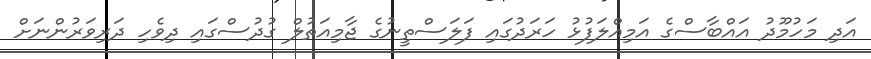
އަދި މަހުމޫދު އައްބާސްގެ އަމިއްލަފުޅު ހަރަދުގައި ފަލަސްތީނުގެ ޖާމިއަތުލް ގުދުސްގައި ދިވެހި ދަރިވަރުންނަށް